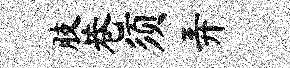
肢巷须弄